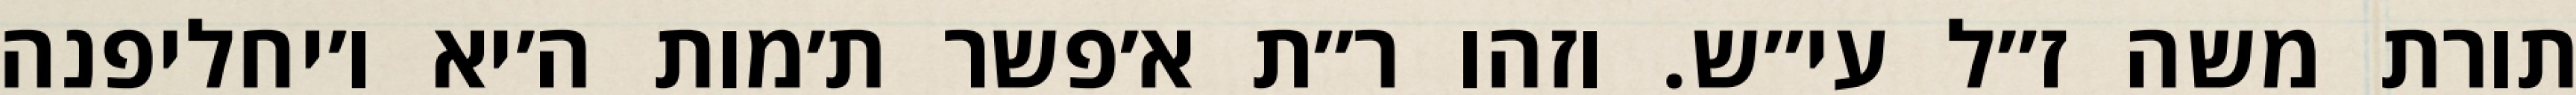
תורת משה ז״ל עי״ש. וזהו ר״ת א׳פשר ת׳מות ה׳יא ו׳יחליפנה